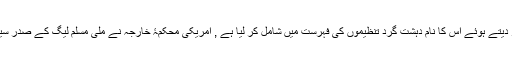
اُدھر امریکہ نے بھی رواں برس اپریل میں ملی مسلم لیگ کو انتہا پسند گروہ لشکر طیبہ کی جماعت قرار دیتے ہوئے اس کا نام دہشت گرد تنظیموں کی فہرست میں شامل کر لیا ہے , امریکی محکمۂ خارجہ نے ملی مسلم لیگ کے صدر سیف اللہ خالد، جنرل سکریڑی فیاض احمد اور پانچ مزید کارکنوں کے نام بھی ان فہرستوں میں شامل کیے۔